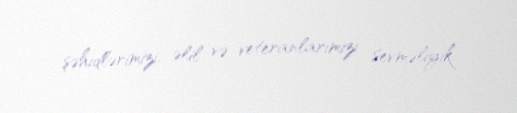
şəhidlərimizi, əlil və veteranlarımızı sevməliyik.